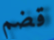
قضم